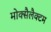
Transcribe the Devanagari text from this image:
मोक्सैलैक्टम